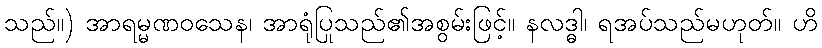
သည်။) အာရမ္မဏဝသေန၊ အာရုံပြုသည်၏အစွမ်းဖြင့်။ နလဒ္ဓါ၊ ရအပ်သည်မဟုတ်။ ဟိ